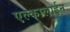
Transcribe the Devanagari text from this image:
एल्कालाईन